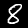
Digit: 8